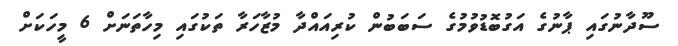
ސޫދާނުގައި ޕާނުގެ އަގުބޮޑުވުމުގެ ސަބަބުން ކުރިއައްދާ މުޒާހަރާ ތަކުގައި މިހާތަނަށް 6 މީހަކަށް